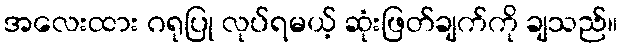
အလေးထား ဂရုပြု လုပ်ရမယ့် ဆုံးဖြတ်ချက်ကို ချသည်။